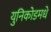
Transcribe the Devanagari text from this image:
युनिकोडमधे